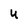
Character: u